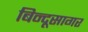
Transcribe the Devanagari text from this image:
बिन्दूसागर